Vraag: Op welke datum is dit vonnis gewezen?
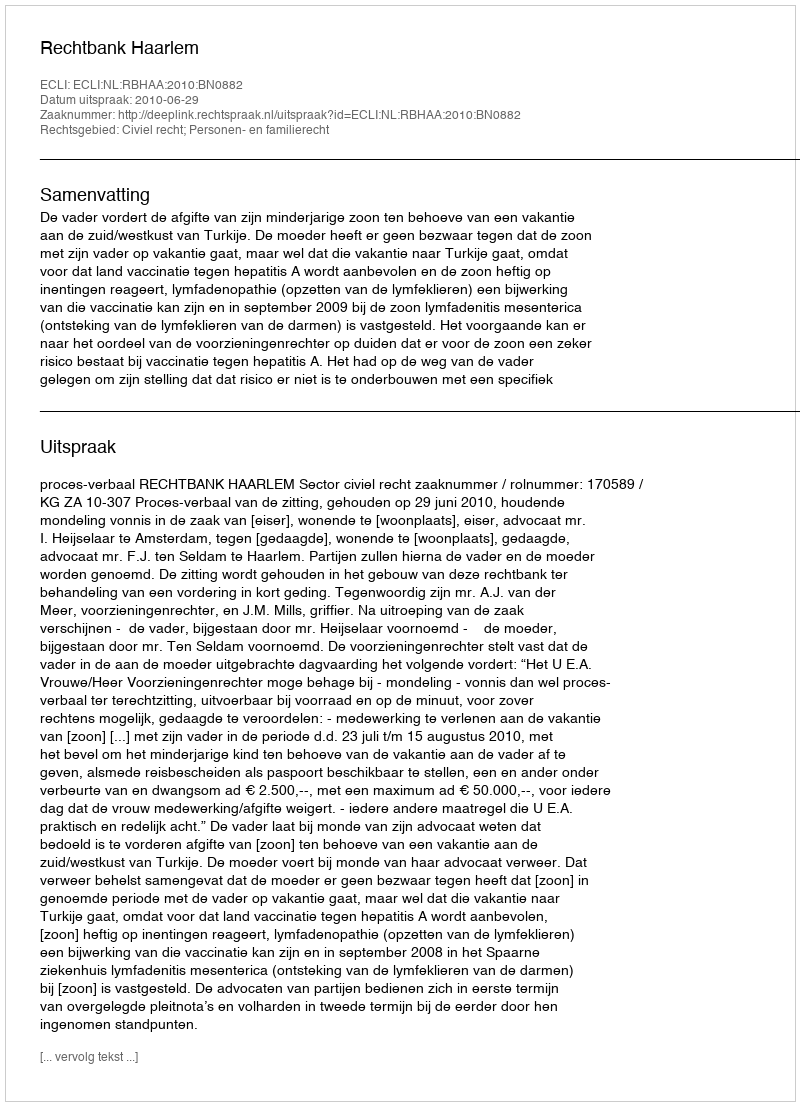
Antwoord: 2010-06-29